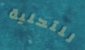
للتحلية